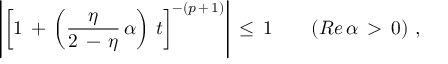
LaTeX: \left| \left[ 1 \, + \, \left( \frac { \eta } { 2 \, - \, \eta } \, \alpha \right) \, t \right] ^ { - ( p \, + \, 1 ) } \right| \, \leq \, 1 \qquad ( R e \, \alpha \, > \, 0 ) \, \, ,